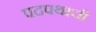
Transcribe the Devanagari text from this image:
पदपथाची